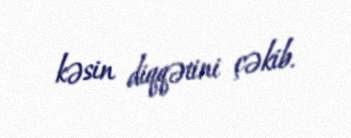
kəsin diqqətini çəkib.